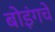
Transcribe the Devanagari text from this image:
बोइंगचे